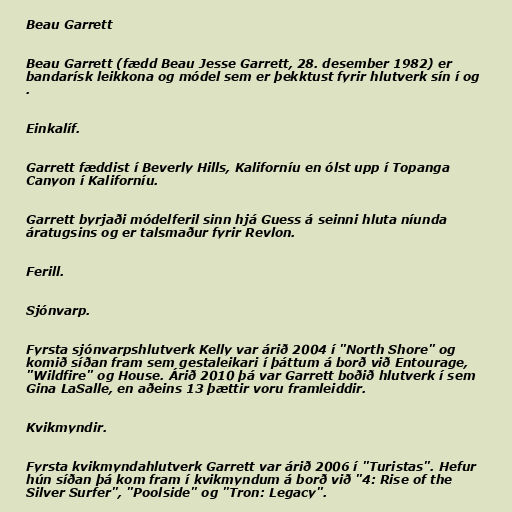
Beau Garrett

Beau Garrett (fædd Beau Jesse Garrett, 28. desember 1982) er
bandarísk leikkona og módel sem er þekktust fyrir hlutverk sín í og
.

Einkalíf.

Garrett fæddist í Beverly Hills, Kaliforníu en ólst upp í Topanga
Canyon í Kaliforníu.

Garrett byrjaði módelferil sinn hjá Guess á seinni hluta níunda
áratugsins og er talsmaður fyrir Revlon.

Ferill.

Sjónvarp.

Fyrsta sjónvarpshlutverk Kelly var árið 2004 í "North Shore" og
komið síðan fram sem gestaleikari í þáttum á borð við Entourage,
"Wildfire" og House. Árið 2010 þá var Garrett boðið hlutverk í sem
Gina LaSalle, en aðeins 13 þættir voru framleiddir.

Kvikmyndir.

Fyrsta kvikmyndahlutverk Garrett var árið 2006 í "Turistas". Hefur
hún síðan þá kom fram í kvikmyndum á borð við "4: Rise of the
Silver Surfer", "Poolside" og "Tron: Legacy".